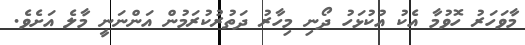
މާވަހަރު ހޮވުމާ އެކު އުކުޅަހު ދޯނި މިހާރު ދަތުރުކުރަމުން އަންނަނީ މާލެ އަށެވެ.